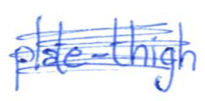
Text: plate-thigh
Cross-out: scratch
Writing tool: ballpoint